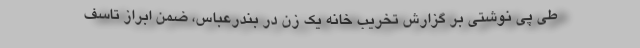
طی پی نوشتی بر گزارش تخریب خانه یک زن در بندرعباس، ضمن ابراز تاسف